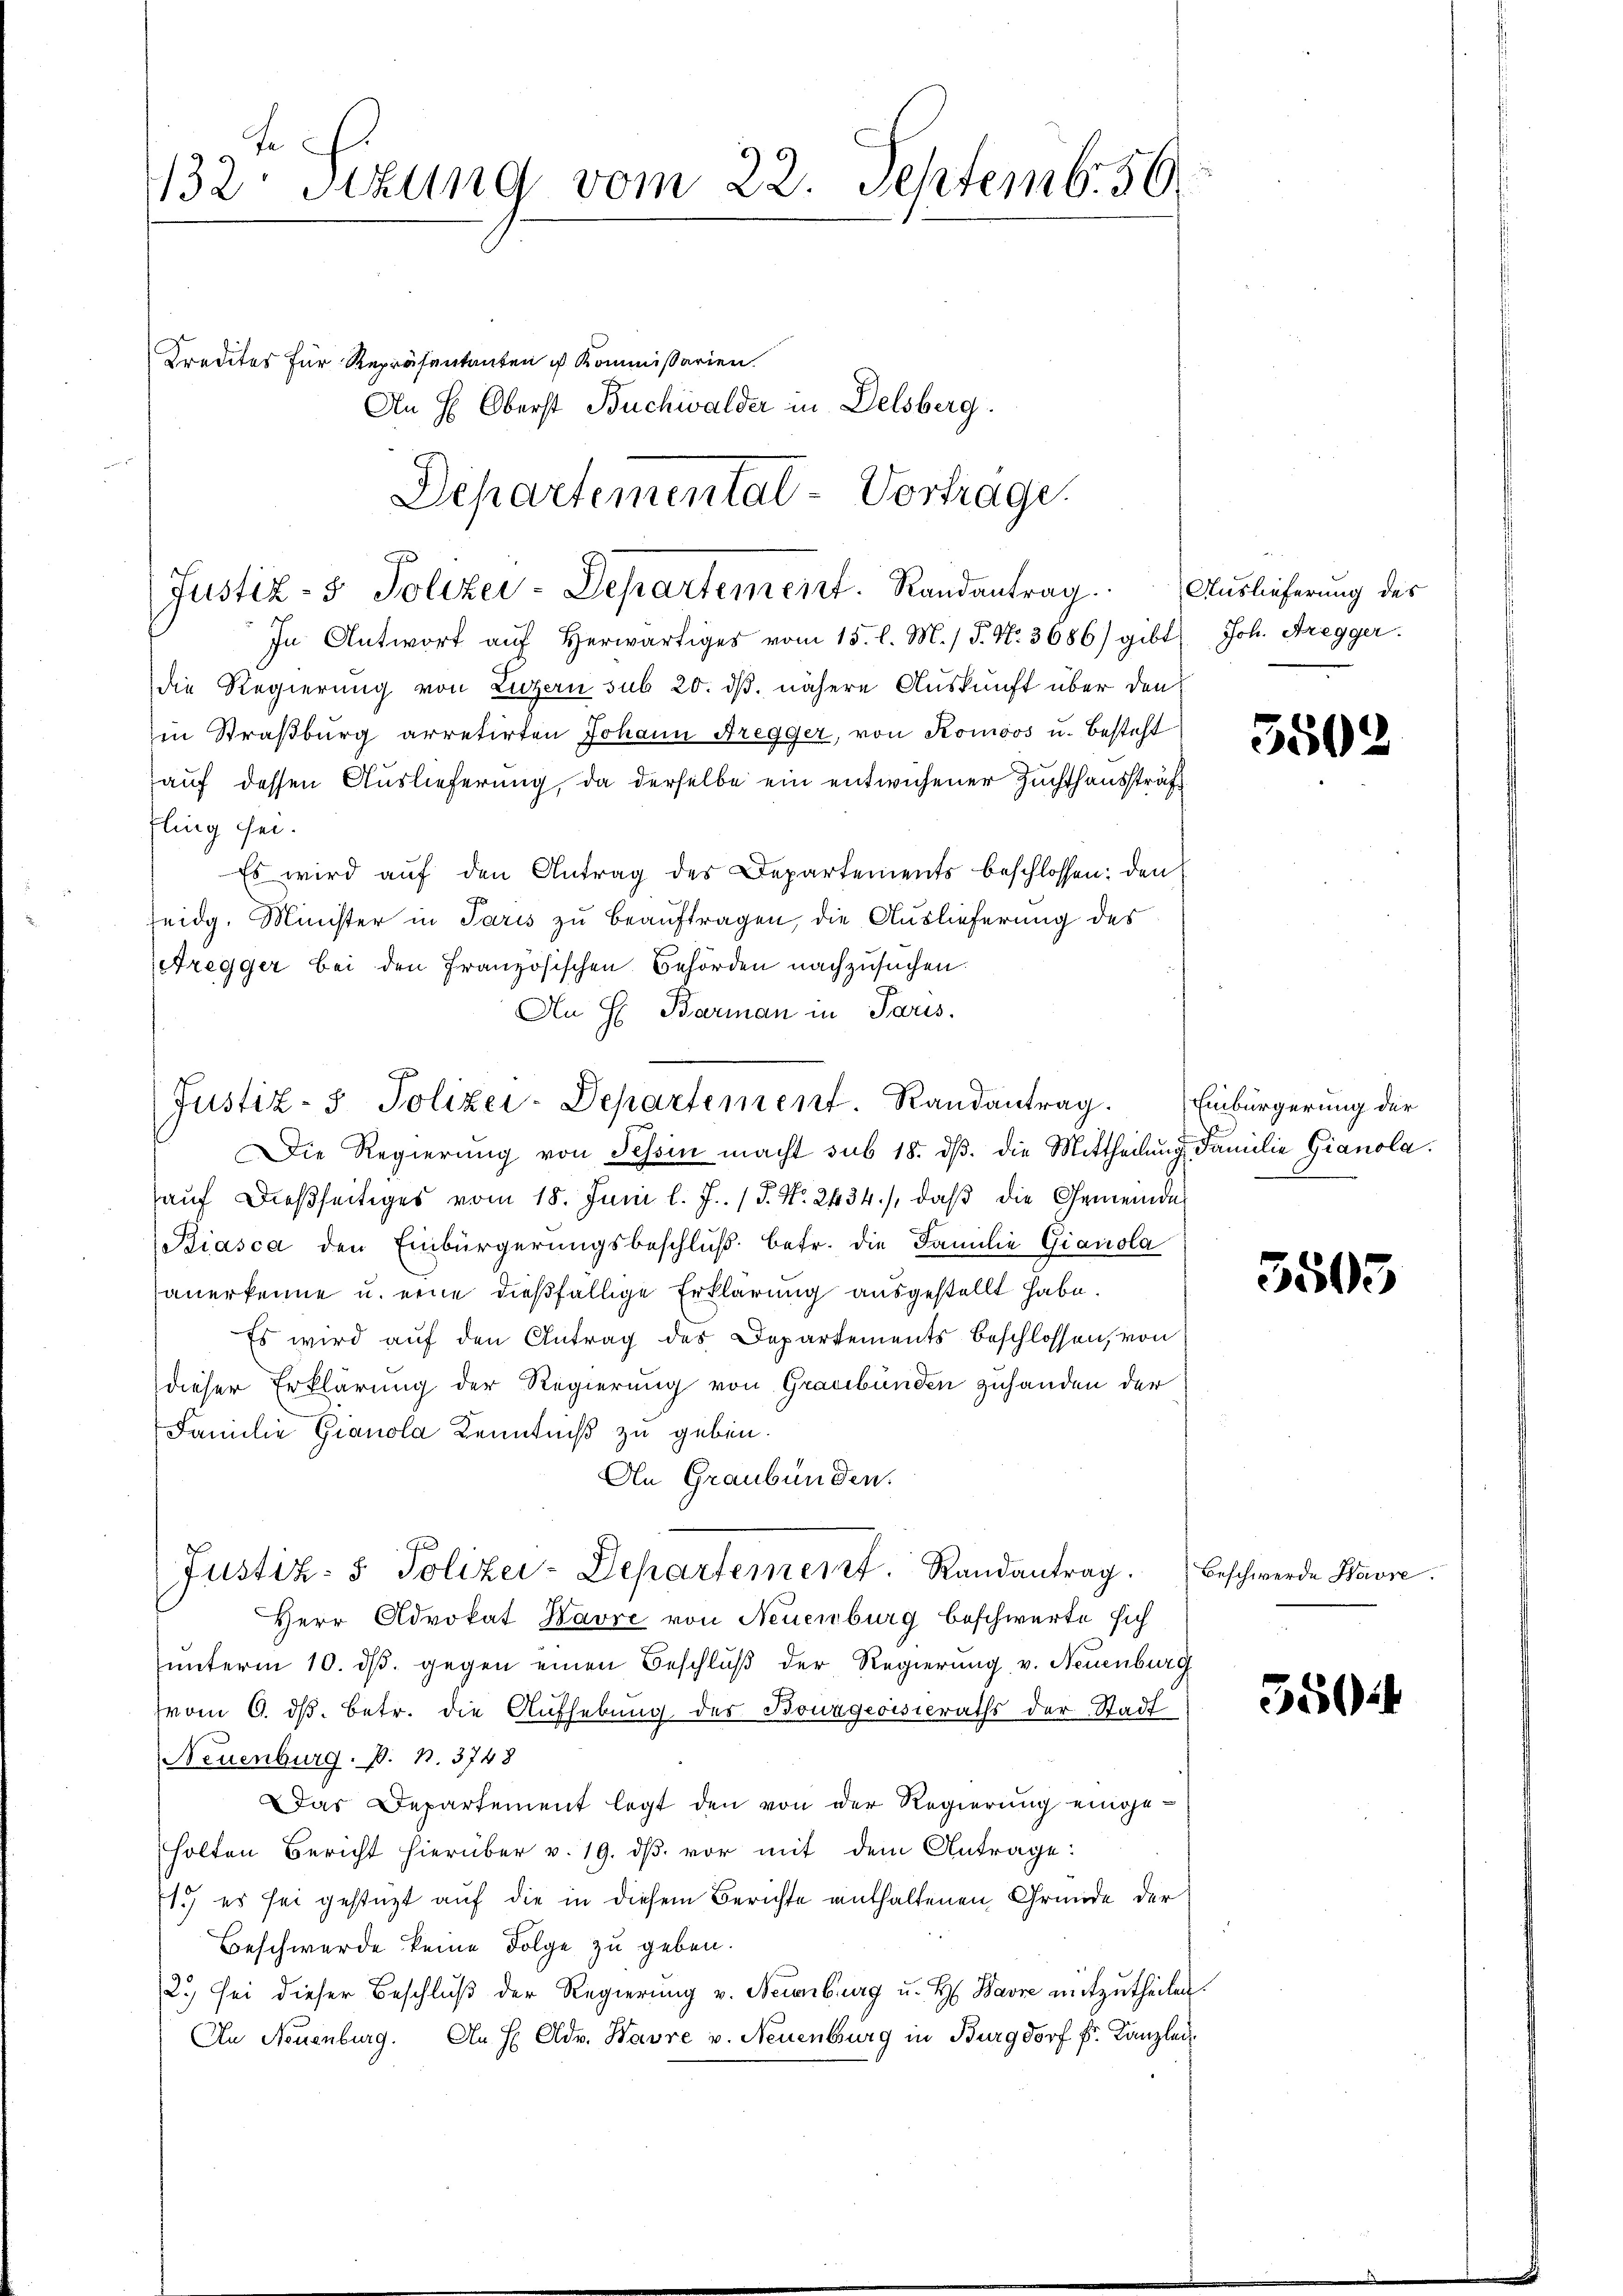
Fe
132. Sitzung vom 22. Septemb. 56.

die Regierung von Luzern sub 20. dβ. nähere Auskunft über den
Ein Straßburg arretirten Johann Bregger, von Komoos u. besteht
auf dessen Auslieferung, da derselbe ein entwichener Zuchthaussträffling sei.
Es wird auf den Antrag des Departements beschlossen: den
seidg. Minister in Paris zu beauftragen, die Auslieferung des
Aregger bei den Französischen Behörden nachzusuchen.
An H. Barman in Paris.

Traditas für Repräsentanten ist Kommissarien.
An H. Oberst Buchwalder in Delsberg.

Departemental-Vortrage.
Justiz- & Polizei-Departement. Randantrag. Auslieferung des
In Antwort aŭf herwärtiges vom 15. l. M. / P. Nr. 3686) gibt Joh. Aregger.

Justiz- & Polizei-Departement. Randantrag. Einbürgerung der

Justiz- & Polizei-Departement. Randantrag.

Die Regierung von Tessin macht sub 18. dβ. die Mittheilung Familie Gianola.
auf dießseitiges vom 18. Juni l. J. (T. N. 2434), daß die Gemeinde
Biasca den Einbürgerungsbeschluß betr. die Familie Gianola
anerkenne u. eine dießfällige Erklärung ausgestellt habe.
Es wird auf den Antrag des Departements Beschlossen, von
dieser Erklärung der Regierung von Graubünden zuhanden der
Familie Gianola Kenntniß zu geben.
An Graubünden.
Herr Advokat Havre von Neuenburg beschwerte sich
unterm 10. ds. gegen einen Beschluß der Regierung v. Neuenburg
vom 6. ds. betr. die Aufhebung des Bourgeoisieraths der Stadt
Neuenburg. p. p. 3748
Das Departement legt den von der Regierung eingeholten Bericht hierüber v. 19. dβ vor mit dem Antrage:
s.) es sei gestützt auf die in diesem Berichte enthaltenen Gründe der
Beschwerde keine Folge zu geben.
2.) Sei dieser Beschluß der Regierung v. Neuenburg u. H. Bavre mitzutheilen.
An Neuenburg. An H Adv. Havre v. Neuenburg in Burgdorf fr. Kanzlei¬

5502

5503

Beschwerde Havre

550: